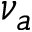
\nu _ { a }